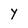
Character: Y